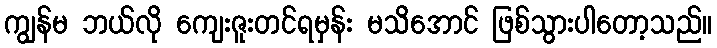
ကျွန်မ ဘယ်လို ကျေးဇူးတင်ရမှန်း မသိအောင် ဖြစ်သွားပါတော့သည်။